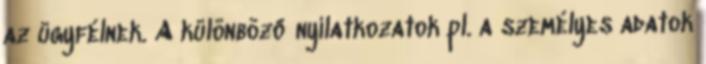
az ügyfélnek. A különböző nyilatkozatok pl. a személyes adatok